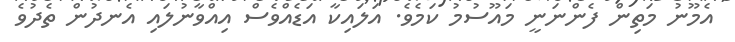
އެމޫނު މަތިން ފެންނަނީ މައޫސުމު ކަމެވެ. އަލައިކާ އަޑެއްވެސް އިއްވާނުލައި އެނދުން ތެދުވެ